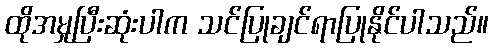
ထိုအမှုပြီးဆုံးပါက သင်ပြုချင်ရာပြုနိုင်ပါသည်။